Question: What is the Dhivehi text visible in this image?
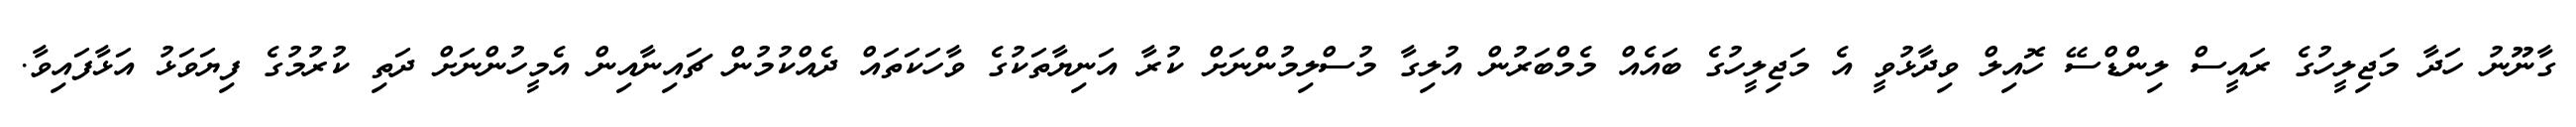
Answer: ގާނޫނު ހަދާ މަޖިލީހުގެ ރައީސް ލިންޑްސޭ ހޮއިލް ވިދާޅުވީ އެ މަޖިލީހުގެ ބައެއް މެމްބަރުން އުލިގާ މުސްލިމުންނަށް ކުރާ އަނިޔާތަކުގެ ވާހަކަތައް ދެއްކުމުން ޗައިނާއިން އެމީހުންނަށް ދަތި ކުރުމުގެ ފިޔަވަޅު އަޅާފައިވާ.